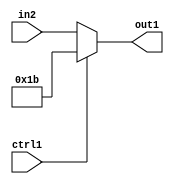
`timescale 1ps / 1ps
/*****************************************************************************
    Verilog RTL Description
    
    
    Created by: Stratus DpOpt 2019.1.01 
*******************************************************************************/

module fix2float_Muxi27u5u1_4 (
	in2,
	ctrl1,
	out1
	); /* architecture "behavioural" */ 
input [4:0] in2;
input  ctrl1;
output [4:0] out1;
wire [4:0] asc001;

reg [4:0] asc001_tmp_0;
assign asc001 = asc001_tmp_0;
always @ (ctrl1 or in2) begin
	case (ctrl1)
		1'B1 : asc001_tmp_0 = 5'B11011 ;
		default : asc001_tmp_0 = in2 ;
	endcase
end

assign out1 = asc001;
endmodule

/* CADENCE  uLPySw8= : u9/ySgnWtBlWxVPRXgAZ4Og= ** DO NOT EDIT THIS LINE ******/